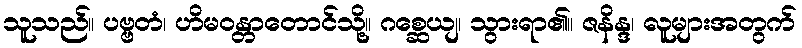
သူသည်။ ပဗ္ဗတံ၊ ဟိမဝန္တာတောင်သို့။ ဂစ္ဆေယျ၊ သွားရာ၏။ ဇနိန္ဒ၊ လူများအတွက်